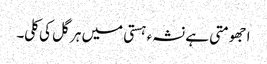
ا جھومتی ہے نشہء ہستی میں ہر گل کی کلی۔